Indian journal of veterinary science and animal husbandry - Volume 8,
Year: 1938
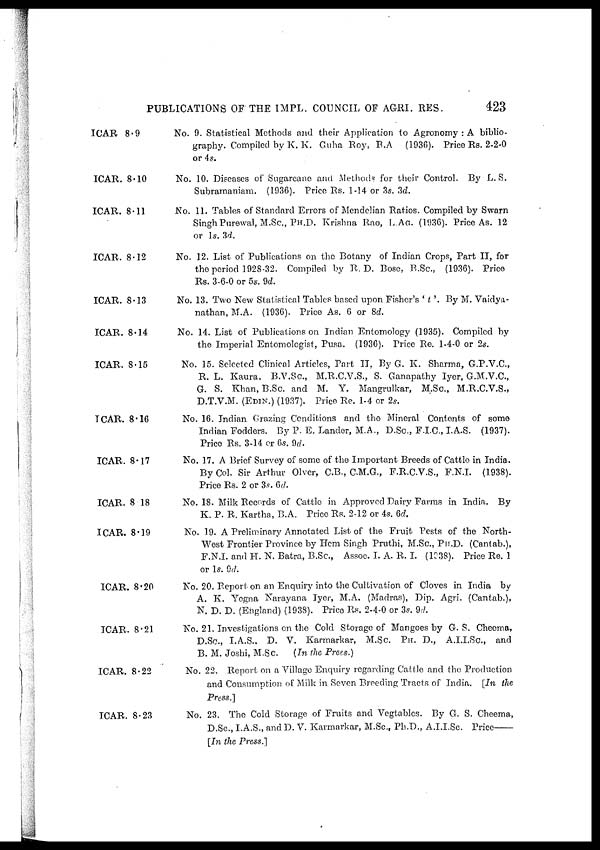
PUBLICATIONS OF THE IMPL. COUNCIL OF AGRI. RES.
423
ICAR 8.9
ICAR. 8.10
ICAR. 8.11
ICAR. 8.12
ICAR. 8.13
ICAR. 8.14
ICAR. 8.15
ICAR. 8.16
ICAR. 8.17
ICAR. 8.18
ICAR. 8.19
ICAR. 8.20
ICAR. 8.21
ICAR. 8.22
ICAR. 8.23
No. 9. Statistical Methods and their Application to Agronomy : A biblio-
graphy. Compiled by K. K. Guha Roy, B.A
(1936). Price Rs. 2-2-0
or 4s.
No. 10. Diseases of Sugarcane and Methods for their Control. By L. S.
Subramaniam. (1936). Price Rs. 1-14 or 3s. 3d.
No. 11. Tables of Standard Errors of Mendelian Ratios. Compiled by Swarn
Singh Purewal, M.Sc., PH.D. Krishna Rao, L.AG. (1936). Price As. 12
or 1s. 3d.
No. 12. List of Publications on the Botany of Indian Crops, Part II, for
the period 1928-32. Compiled by R. D. Bose, B.Sc., (1936). Price
Rs. 3-6-0 or 5s. 9d.
No. 13. Two New Statistical Tables based upon Fisher's ' t '. By M. Vaidya-
nathan, M.A. (1936). Price As. 6 or 8d.
No. 14. List of Publications on Indian Entomology (1935). Compiled by
the Imperial Entomologist, Pusa. (1936). Price Re. 1-4-0 or 2s.
No. 15. Selected Clinical Articles, Part II, By G. K. Sharma, G.P.V.C.,
R. L. Kaura. B.V.Sc., M.R.C.V.S., S. Ganapathy Iyer, G.M.V.C.,
G. S. Khan, B.Sc., and M. Y. Mangrulkar, M.Sc., M.R.C.V.S.,
D.T.V.M. (EDIN.) (1937). Price Re. 1-4 or 2s.
No. 16. Indian Grazing Conditions and the Mineral Contents of some
Indian Fodders. By P. E. Lander, M.A., D.Sc., F.I.C., I.A.S. (1937).
Price Rs. 3-14 or 6s. 9d.
No. 17. A Brief Survey of some of the Important Breeds of Cattle in India.
By Col. Sir Arthur Olver, C.B., C.M.G., F.R.C.V.S., F.N.I. (1938).
Price Rs. 2 or 3s. 6d.
No. 18. Milk Records of Cattle in Approved Dairy Farms in India. By
K. P. R. Kartha, B.A. Price Rs. 2-12 or 4s. 6d.
No. 19. A Preliminary Annotated List of the Fruit Pests of the North-
West Frontier Province by Hem Singh Pruthi, M.Sc., PH.D. (Cantab.),
F.N.I, and H. N. Batra, B.Sc., Assoc. I. A. R. I. (1938). Price Re. 1
or 1s. 9d.
No. 20. Report on an Enquiry into the Cultivation of Cloves in India by
A. K. Yegna Narayana Iyer, M.A. (Madras), Dip. Agri. (Cantab.),
N. D. D. (England) (1938). Price Rs. 2-4-0 or 3s. 9d.
No. 21. Investigations on the Cold Storage of Mangoes by G. S. Cheema,
D.Sc., I.A.S.. D. V. Karmarkar, M.Sc. PH. D., A.I.I.Sc., and
B. M. Joshi, M.Sc.
(In the Press.)
No. 22. Report on a Village Enquiry regarding Cattle and the Production
and Consumption of Milk in Seven Breeding Tracts of India. [In the
Press.]
No. 23. The Cold Storage of Fruits and Vegtables. By G. S. Cheema,
D.Sc., I.A.S., and D. V. Karmarkar, M.Sc., Ph.D., A.I.I.Sc.
Price—
[In the Press.]